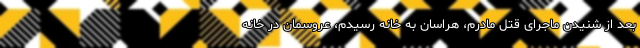
بعد از شنیدن ماجرای قتل مادرم، هراسان به خانه رسیدم، عروسمان در خانه